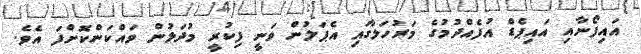
އައިފޯނާއި އައިޕެޑް އުފެއްދުމުގެ މަރުހަލާގައި އެޕަލުން ވަނީ ފިކުރީ މުދަލުން ވައްކަންކޮށްފަ އެވެ.